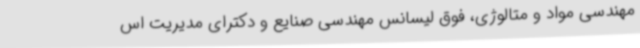
مهندسی مواد و متالوژی، فوق لیسانس مهندسی صنایع و دکترای مدیریت اس